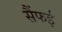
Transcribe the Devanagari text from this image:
सैंफई